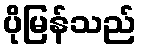
ပိုမြန်သည်